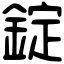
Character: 錠